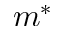
m ^ { * }